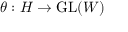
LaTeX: \theta : H \to { \mathrm { G L } } ( W )